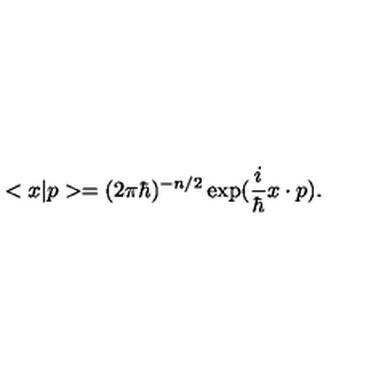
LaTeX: < x | p > = ( 2 \pi \hbar ) ^ { - n / 2 } \exp ( \frac { i } { \hbar } x \cdot p ) .